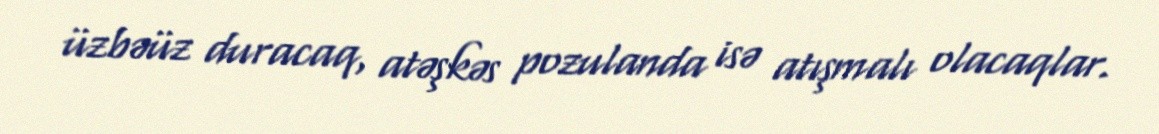
üzbəüz duracaq, atəşkəs pozulanda isə atışmalı olacaqlar.